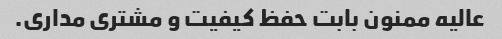
عالیه ممنون بابت حفظ کیفیت و مشتری مداری.